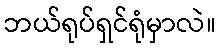
ဘယ်ရုပ်ရှင်ရုံမှာလဲ။